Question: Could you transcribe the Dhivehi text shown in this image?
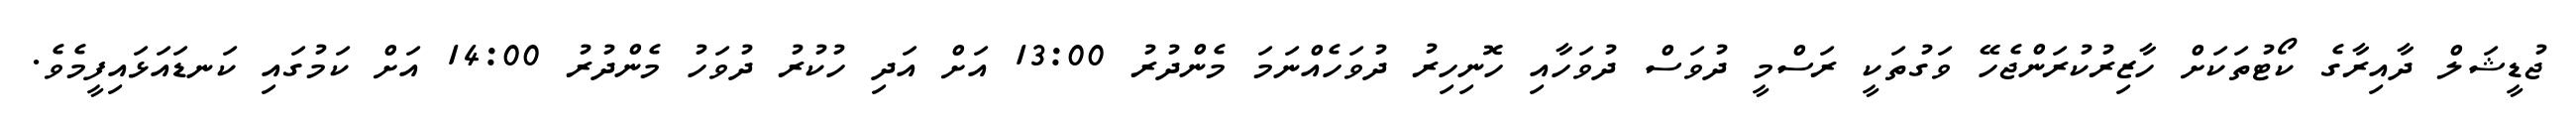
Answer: ޖުޑީޝަލް ދާއިރާގެ ކޯޓުތަކަށް ހާޒިރުކުރަންޖެހޭ ވަގުތަކީ ރަސްމީ ދުވަސް ދުވަހާއި ހޮނިހިރު ދުވަހެއްނަމަ މެންދުރު 13:00 އަށް އަދި ހުކުރު ދުވަހު މެންދުރު 14:00 އަށް ކަމުގައި ކަނޑައަޅައިފީމެވެ.